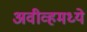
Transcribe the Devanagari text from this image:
अवीव्हमध्ये